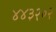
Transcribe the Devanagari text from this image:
४४३२०२